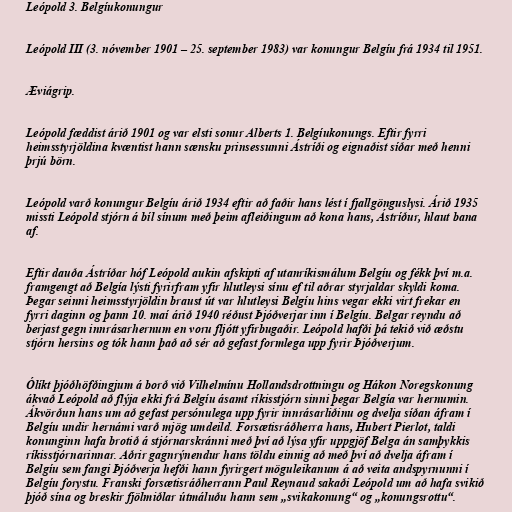
Leópold 3. Belgíukonungur

Leópold III (3. nóvember 1901 – 25. september 1983) var konungur Belgíu frá 1934 til 1951.

Æviágrip.

Leópold fæddist árið 1901 og var elsti sonur Alberts 1. Belgíukonungs. Eftir fyrri
heimsstyrjöldina kvæntist hann sænsku prinsessunni Ástríði og eignaðist síðar með henni
þrjú börn.

Leópold varð konungur Belgíu árið 1934 eftir að faðir hans lést í fjallgönguslysi. Árið 1935
missti Leópold stjórn á bíl sínum með þeim afleiðingum að kona hans, Ástríður, hlaut bana
af.

Eftir dauða Ástríðar hóf Leópold aukin afskipti af utanríkismálum Belgíu og fékk því m.a.
framgengt að Belgía lýsti fyrirfram yfir hlutleysi sínu ef til aðrar styrjaldar skyldi koma.
Þegar seinni heimsstyrjöldin braust út var hlutleysi Belgíu hins vegar ekki virt frekar en
fyrri daginn og þann 10. maí árið 1940 réðust Þjóðverjar inn í Belgíu. Belgar reyndu að
berjast gegn innrásarhernum en voru fljótt yfirbugaðir. Leópold hafði þá tekið við æðstu
stjórn hersins og tók hann það að sér að gefast formlega upp fyrir Þjóðverjum.

Ólíkt þjóðhöfðingjum á borð við Vilhelmínu Hollandsdrottningu og Hákon Noregskonung
ákvað Leópold að flýja ekki frá Belgíu ásamt ríkisstjórn sinni þegar Belgía var hernumin.
Ákvörðun hans um að gefast persónulega upp fyrir innrásarliðinu og dvelja síðan áfram í
Belgíu undir hernámi varð mjög umdeild. Forsætisráðherra hans, Hubert Pierlot, taldi
konunginn hafa brotið á stjórnarskránni með því að lýsa yfir uppgjöf Belga án samþykkis
ríkisstjórnarinnar. Aðrir gagnrýnendur hans töldu einnig að með því að dvelja áfram í
Belgíu sem fangi Þjóðverja hefði hann fyrirgert möguleikanum á að veita andspyrnunni í
Belgíu forystu. Franski forsætisráðherrann Paul Reynaud sakaði Leópold um að hafa svikið
þjóð sína og breskir fjölmiðlar útmáluðu hann sem „svikakonung“ og „konungsrottu“.